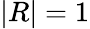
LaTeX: |R|=1